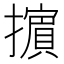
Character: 𢷤